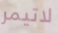
لاتيمر